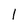
Character: 1